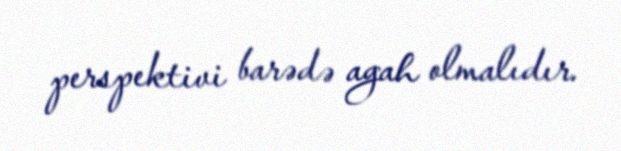
perspektivi barədə agah olmalıdır.